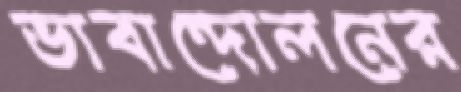
ভাবান্দোলনের